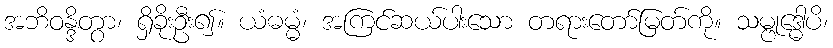
အဘိဝန္ဒိတွာ၊ ရှိခိုးဦး၍။ ယံဓမ္မံ၊ အကြင်ဆယ်ပါးသော တရားတော်မြတ်ကို။ သမ္ဗုဒ္ဓေါပိ၊